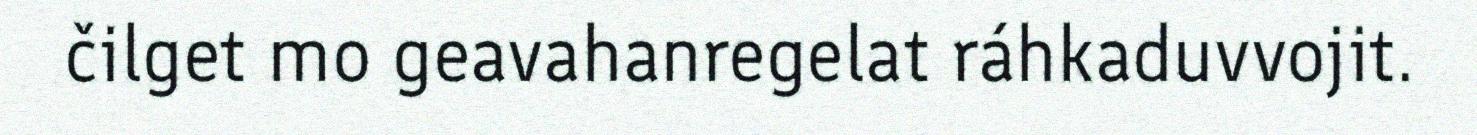
čilget mo geavahanregelat ráhkaduvvojit.